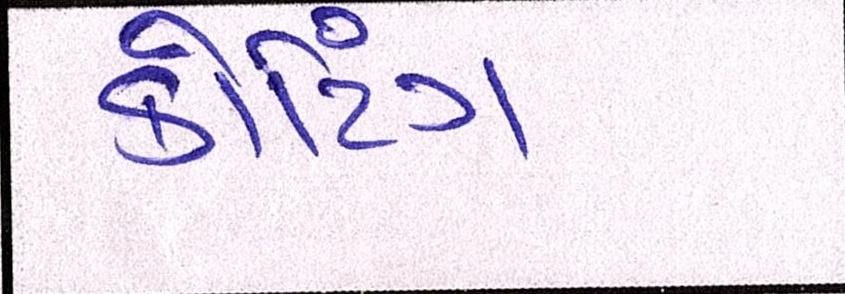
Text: કોટિંગ